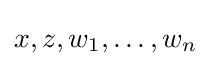
x,z,w_{1},\ldots ,w_{n}